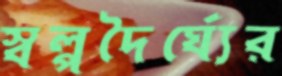
স্বল্পদৈর্ঘ্যের